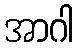
အာဂါ